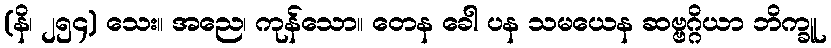
(နိ၊ ၂၅၄) သေး။ အညေ၊ ကုန်သော။ တေန ခေါ ပန သမယေန ဆဗ္ဗဂ္ဂိယာ ဘိက္ခူ